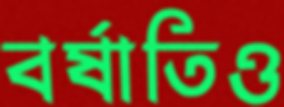
বর্ষাতিও